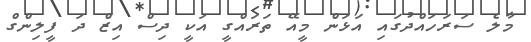
މާލެ ސަރަހަައްދުގައި އަޅަން މީއޭ ތަރައްގީ އަކީ ދިސް އިޒް ދަ ފީލިންގް